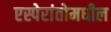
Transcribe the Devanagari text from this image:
एस्पेरांतोमधील